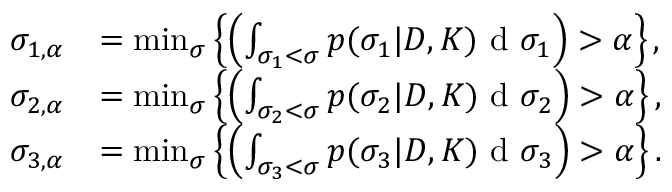
\begin{array} { r l } { \sigma _ { 1 , \alpha } } & { = \operatorname* { m i n } _ { \sigma } \left\{ \left( \int _ { \sigma _ { 1 } < \sigma } p ( \sigma _ { 1 } | D , K ) \textup { d } \sigma _ { 1 } \right) > \alpha \right\} , } \\ { \sigma _ { 2 , \alpha } } & { = \operatorname* { m i n } _ { \sigma } \left\{ \left( \int _ { \sigma _ { 2 } < \sigma } p ( \sigma _ { 2 } | D , K ) \textup { d } \sigma _ { 2 } \right) > \alpha \right\} , } \\ { \sigma _ { 3 , \alpha } } & { = \operatorname* { m i n } _ { \sigma } \left\{ \left( \int _ { \sigma _ { 3 } < \sigma } p ( \sigma _ { 3 } | D , K ) \textup { d } \sigma _ { 3 } \right) > \alpha \right\} . } \end{array}